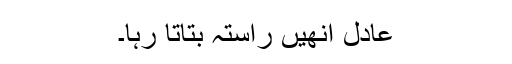
عادل اُنھیں راستہ بتاتا رہا۔